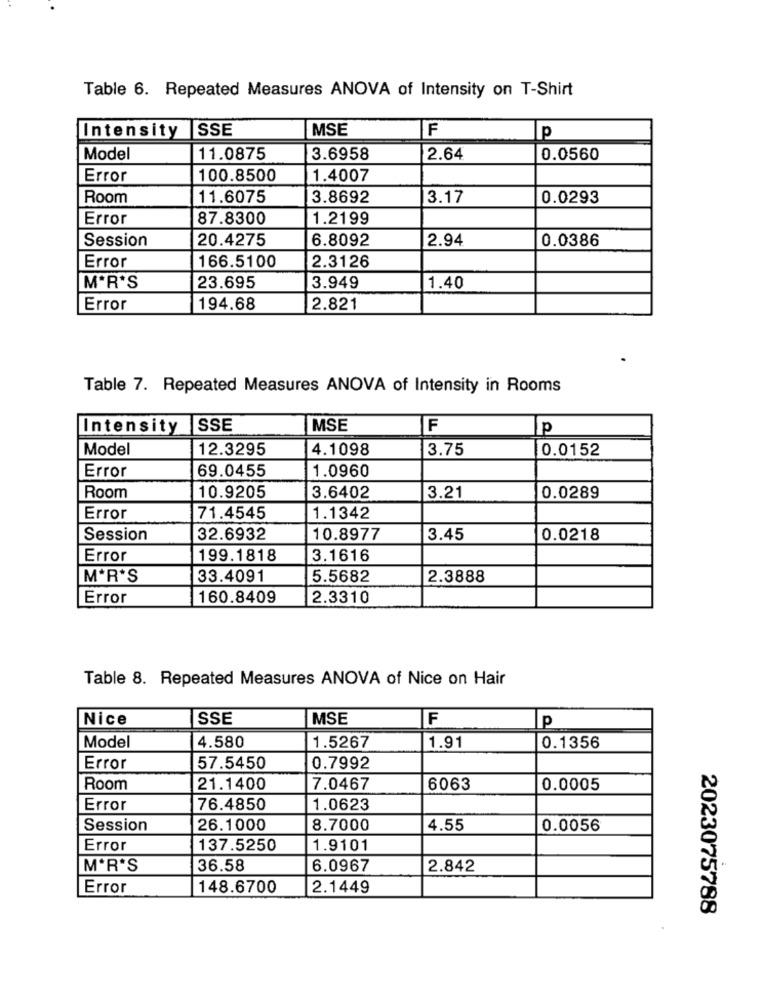
Table 6. Repeated Measures ANOVA of Intensity on T-Shirt
ISSE
MSE
F
Intensity
p
Model
11.0875
3.6958
2.64
0.0560
Error
100.8500
1.4007
Room
11.6075
3.8692
3.17
0.0293
Error
87.8300
1.2199
Session
20.4275
6.8092
2.94
0.0386
Error
166.5100
2.3126
MªR'S
23.695
3.949
1.40
Error
194.68
2.821
Table 7. Repeated Measures ANOVA of Intensity in Rooms
Intensity
SSE
MSE
F
p
Model
12.3295
4.1098
3.75
0.0152
Error
69.0455
1.0960
Room
10.9205
3.6402
3.21
0.0289
Error
71.4545
1.1342
Session
32.6932
10.8977
3.45
0.0218
Error
199.1818
3.1616
MªR'S
33.4091
5.5682
2.3888
Error
160.8409
2.3310
Table 8. Repeated Measures ANOVA of Nice on Hair
Nice
SSE
MSE
F
P
Model
4.580
1.5267
1.91
0.1356
Error
57.5450
0.7992
Room
21.1400
7.0467
6063
0.0005
Error
76.4850
1.0623
Session
26.1000
8.7000
4.55
0.0056
Error
137.5250
1.9101
MOR'S
36.58
6.0967
2.842
Error
148.6700
2.1449
2023075788